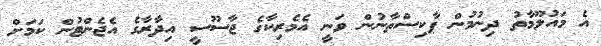
އެ މައުލޫމާތު ދިނުމުން ޕާކިސްތާނުން ވަނީ އެމެރިކާގެ ޖާސޫސީ އިދާރާގެ އެޖެންޓުން ކަމަށް